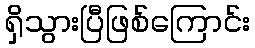
ရှိသွားပြီဖြစ်ကြောင်း